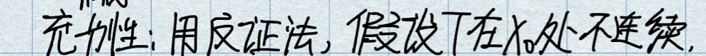
充要性：用反证法，假设\(f\)在\(x_0\)处不连续。